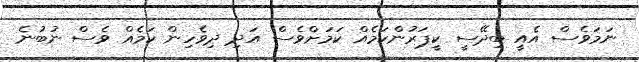
ނަމަވެސް އެއީ ބިދޭސީ ކީޕަރުންކަމެއް ކަމަށްވެސް އަދި ދިވެހިން ކަމެއް ވެސް ނުބުނެ